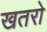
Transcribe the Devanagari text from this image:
खतरो